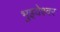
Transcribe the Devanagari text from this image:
भुइयेश्वर